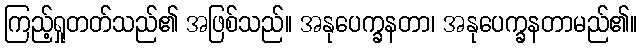
ကြည့်ရှုတတ်သည်၏ အဖြစ်သည်။ အနုပေက္ခနတာ၊ အနုပေက္ခနတာမည်၏။